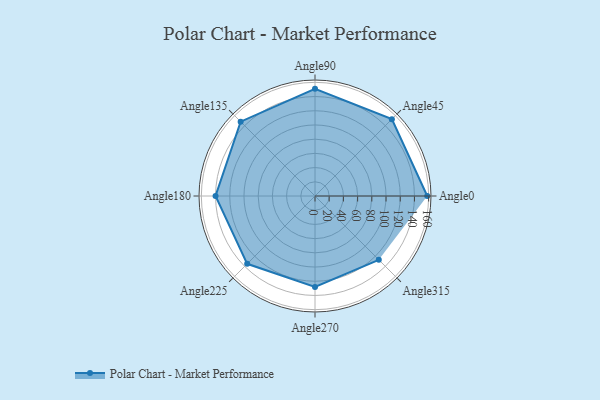
{"axis": {"x": "Angle", "y": "Radius"}, "legend": [""], "data": [{"x": "Angle0", "y": 158.0, "type": ""}, {"x": "Angle45", "y": 153.0, "type": ""}, {"x": "Angle90", "y": 151.0, "type": ""}, {"x": "Angle135", "y": 148.0, "type": ""}, {"x": "Angle180", "y": 140.0, "type": ""}, {"x": "Angle225", "y": 135.0, "type": ""}, {"x": "Angle270", "y": 128.0, "type": ""}, {"x": "Angle315", "y": 127.0, "type": ""}]}